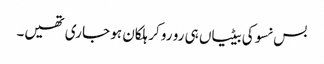
بس نسوکی بیٹیاں ہی رو رو کر ہلکان ہو جا ری تھیں۔